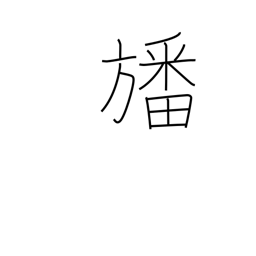
Meaning: a pennant